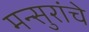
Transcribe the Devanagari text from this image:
मन्सुरांचे